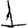
Digit: 1